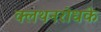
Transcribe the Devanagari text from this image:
क्लथनरोधके